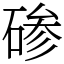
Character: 碜